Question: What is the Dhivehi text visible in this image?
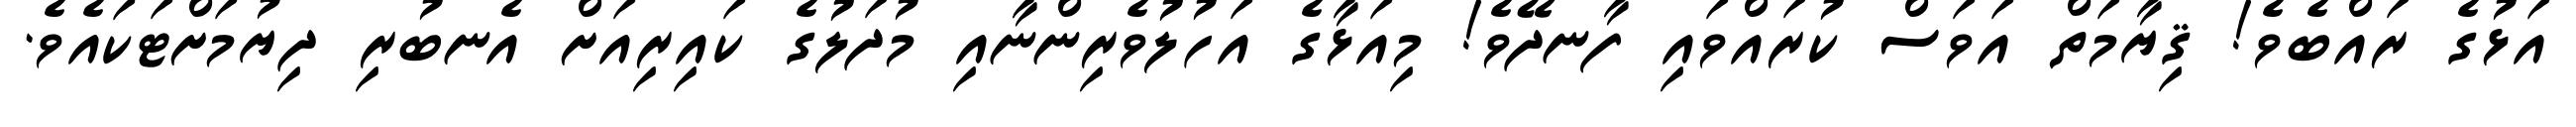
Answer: އަޅުގެ ރައްބެވެ! ޤިޔާމަތް އަވަސް ކުރައްވައި ފާނދޭވެ! މިއަޅާގެ އަހުލުވެރިންނާއި މުދަލުގެ ކައިރިއަށް އެނބުރި ދިޔުމަށްޓަކައެވެ.